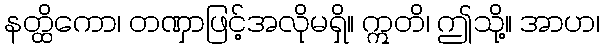
နတ္ထိကော၊ တဏှာဖြင့်အလိုမရှိ။ ဣတိ၊ ဤသို့။ အာဟ၊